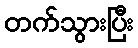
တက်သွားပြီး